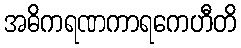
အဓိကရဏကာရကေဟီတိ